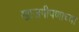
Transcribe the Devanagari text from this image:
खाजगीपणाच्या